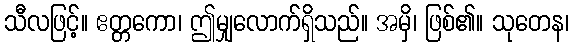
သီလဖြင့်။ ဧတ္တကော၊ ဤမျှလောက်ရှိသည်။ အမှိ၊ ဖြစ်၏။ သုတေန၊